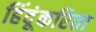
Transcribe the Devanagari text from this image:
हिंदूंकरिता